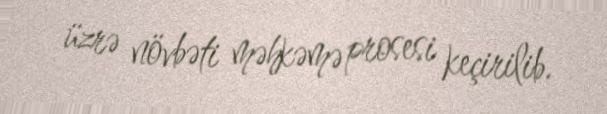
üzrə növbəti məhkəmə prosesi keçirilib.